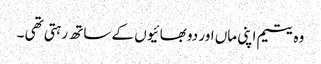
وہ یتیم اپنی ماں اور دو بھائیوں کے ساتھ رہتی تھی ۔